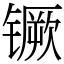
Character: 镢